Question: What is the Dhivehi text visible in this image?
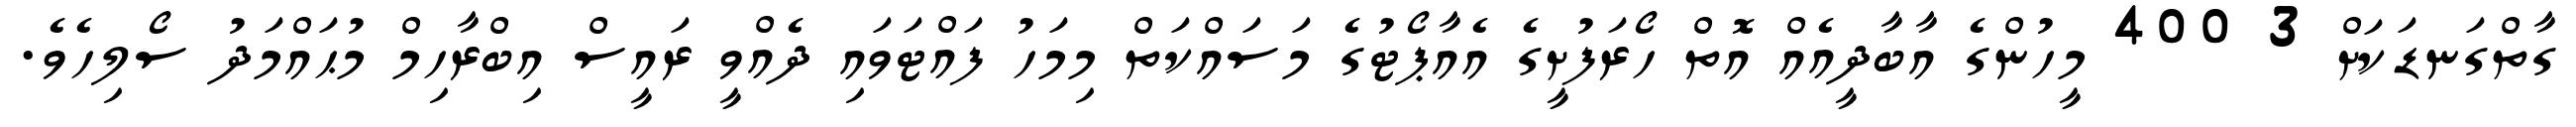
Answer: ގާތްގަނޑަކަށް 3 400 މީހުންގެ އާބާދީއެއް އޮތް ހޯރަފުށީގެ އެއާޕޯޓުގެ މަސައްކަތް މިމަހު ފައްޓަވައި ދެއްވީ ރައީސް އިބްރާހިމް މުޙައްމަދު ސޯލިހެވެ.